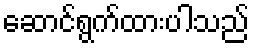
ဆောင်ရွက်ထားပါသည်